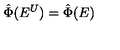
\hat { \Phi } ( E ^ { U } ) = \hat { \Phi } ( E )